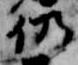
仍